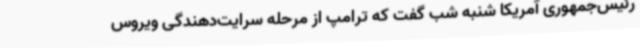
رئیس‌جمهوری آمریکا شنبه شب گفت که ترامپ از مرحله سرایت‌دهندگی ویروس